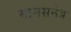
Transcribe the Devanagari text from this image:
मानसनेत्र